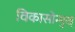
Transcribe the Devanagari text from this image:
विकासोन्मुख्